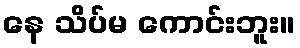
နေ သိပ်မ ကောင်းဘူး။